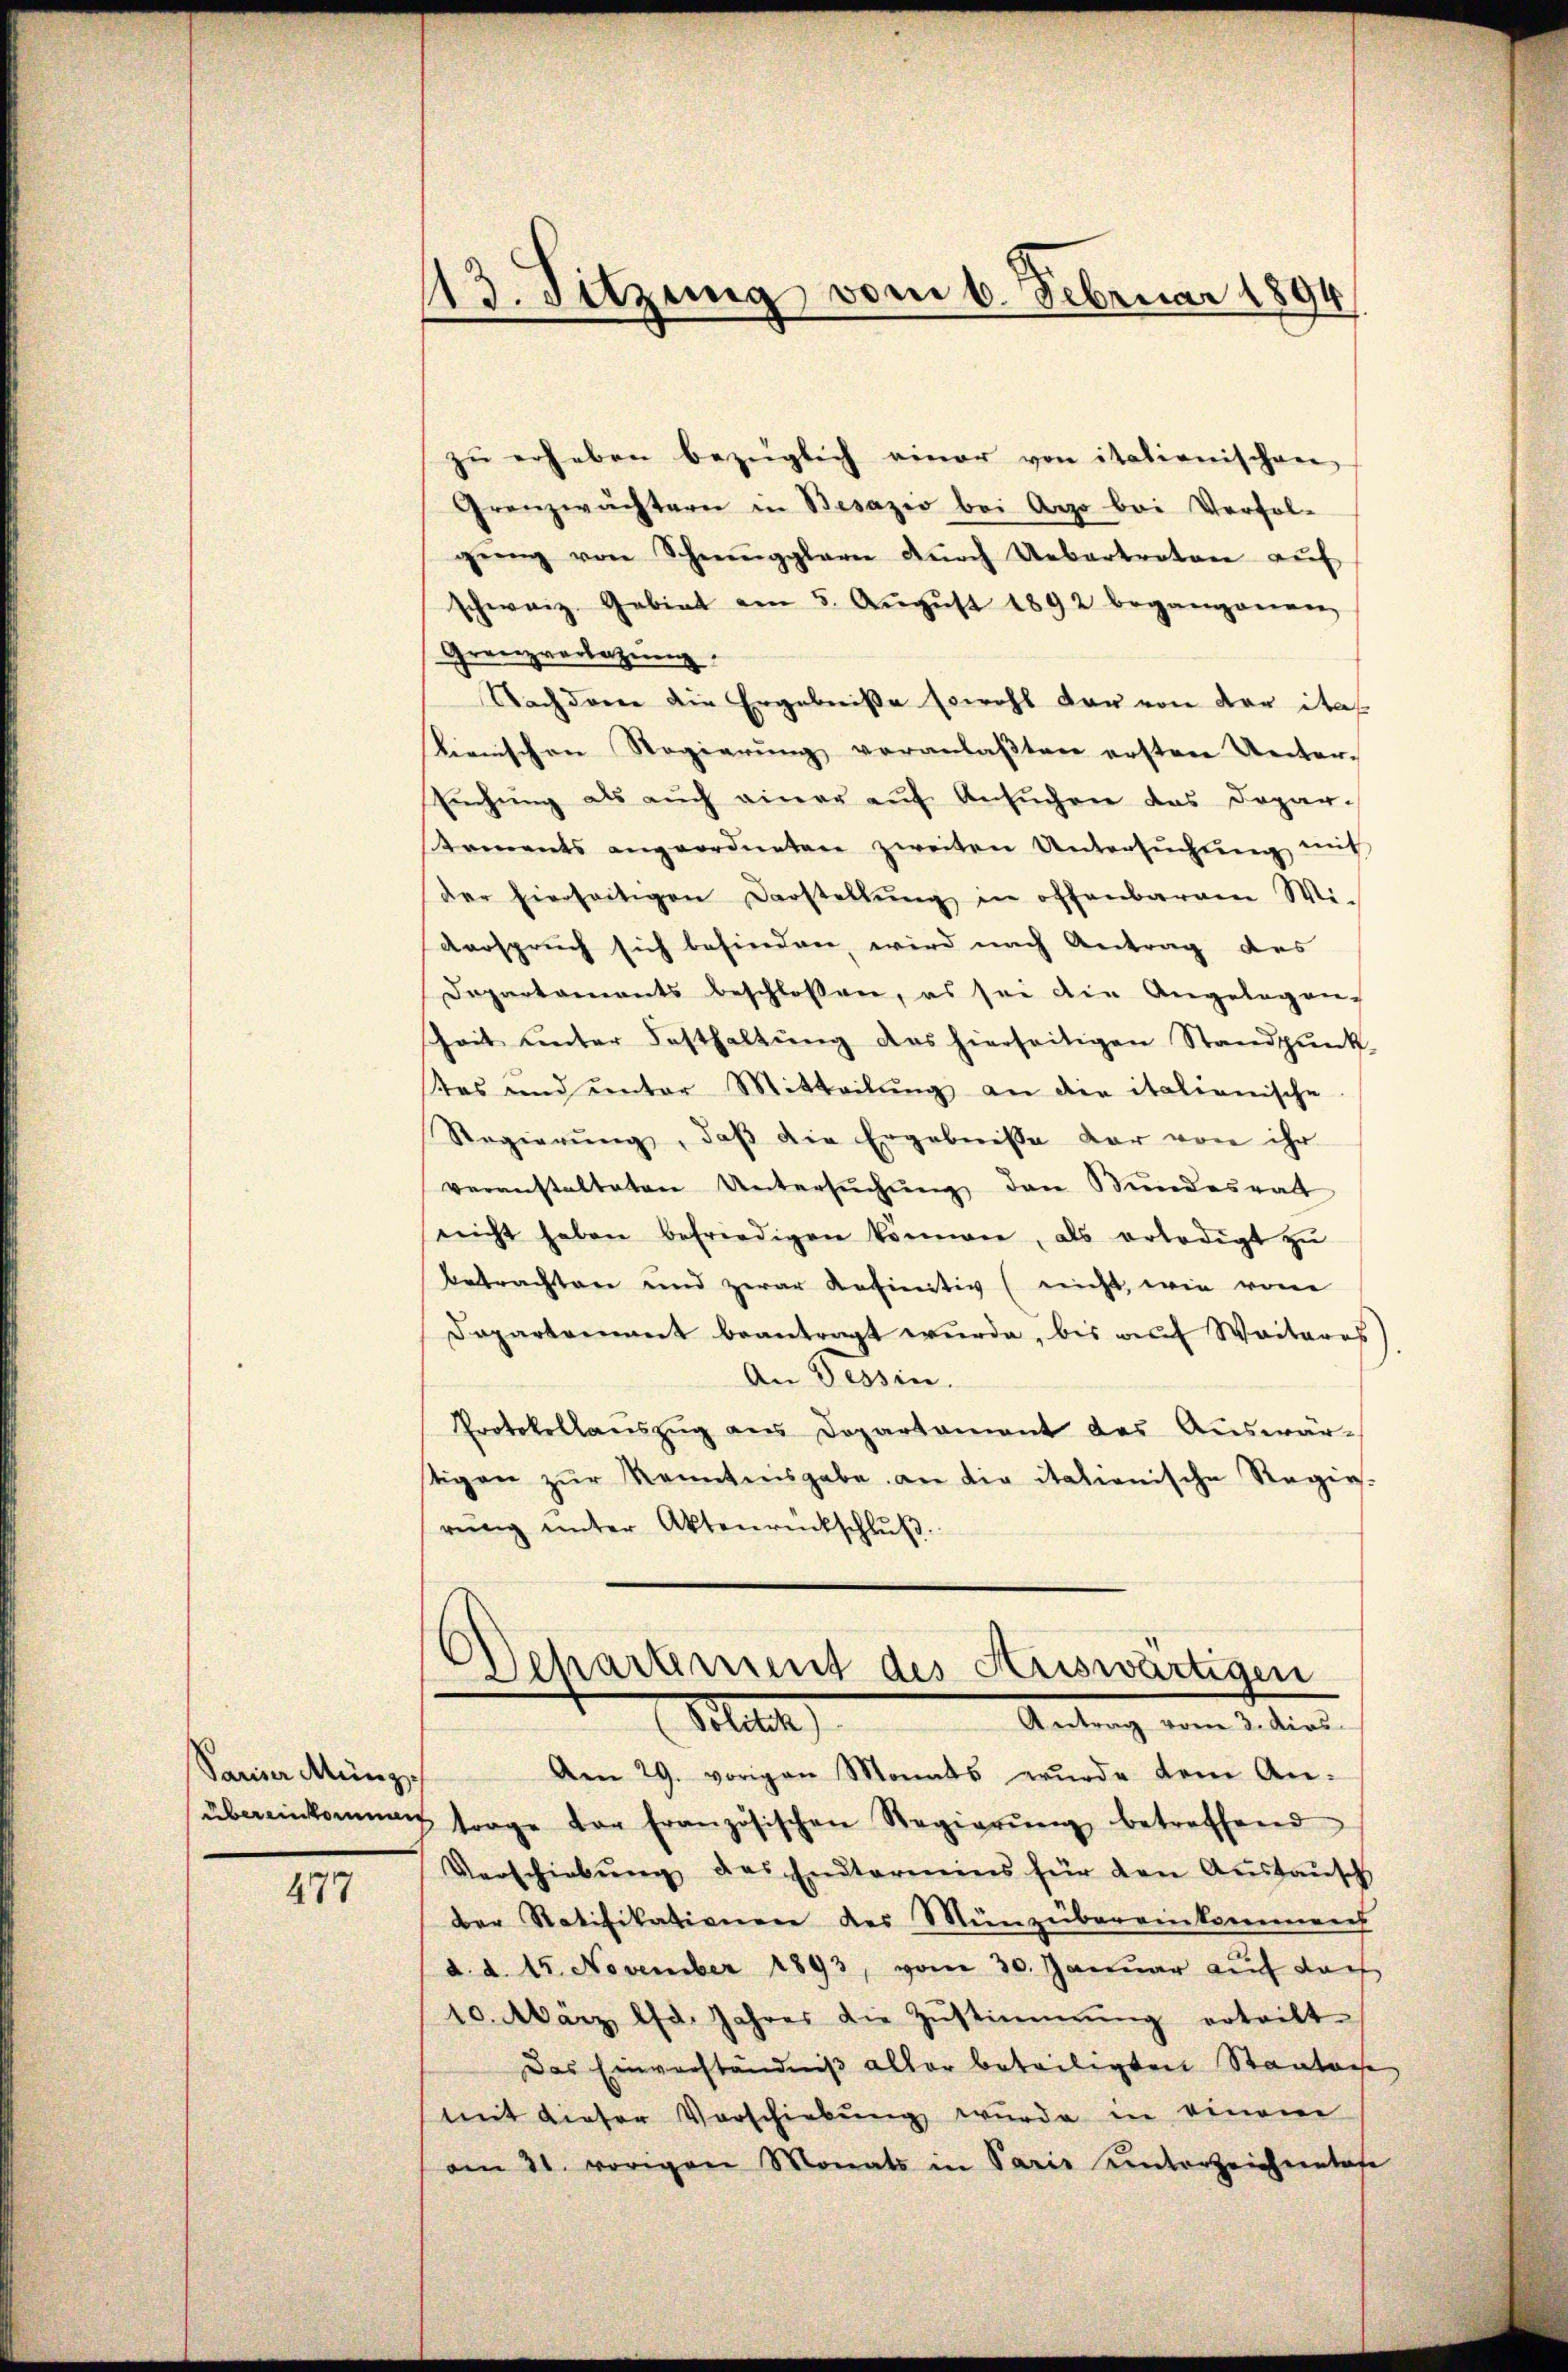
Sania Münz

477

113. Sitzung vom 6. Februar 1894

¬
Departement des Auswärtigen
Sten
Antrag vom 3. dios.
Am 29. vorigen Monats wurde dem An-

zu erheben bezüglich einer von itationischen
Granzwächtern in Besazio bei Ago bei Verfolgŭng von Schwegglern dŭrch Uebertrator aŭf
schweiz. Gebiet am 5. Aŭgŭst 1892 begangenen
Grenzverletzung
Nachderen die Ergebniße sowohl der von der itas
Kienischen Regierŭng veranlaβten ersten Unter-
Enchŭng als auch einer auf Ansŭchen des Dopar-
ements angeordneten zweiten Untersuchung mit
Der hierseitigen Darstellŭng in offenbarem Wiverspruch sich befinden, wird nach Antrag des
Departaments beschlossen, es sei die Angelegen-
Zeit ŭnter Festhaltŭng das hierseitigen Standpŭnk-
tes und unter Mitteilung an die italianische
Regierŭng, daβ die Ergebnisse dar von ihr
veranstalteten Untersŭchŭng den Stundesrath
nicht haben befriedigen kommen, als erledigt zŭ
betrachten und zwar definitiv (nicht, wie von
Dopartenant beantragt wurde, bis auf Weiteres
An Tessin.
Protokollauszug aus Departament des Auswärtigen zŭr Kenntnisgabe an die italienische Regie-
rung unter Aktenrückschluß.

übereinkommen trage der französischen Regierŭng betreffend
Verschiebŭng des Endtermins für den Austausch
der Ratifikationen des Münzübereinkommens
d. d. 15. November 1893, vom 30. Januar auf das
10. März lfd. Jahres die Zŭstimmung erteilt.
Das Einverständniß aller beteiligten Staaten
mit dieser Vorschiebung wurde in einem
am 31. vorigen Monats in Paris unterzeichnetete